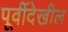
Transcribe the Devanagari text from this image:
पूर्वीदेखील